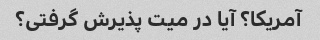
آمریکا؟ آیا در میت پذیرش گرفتی؟